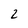
Character: 2